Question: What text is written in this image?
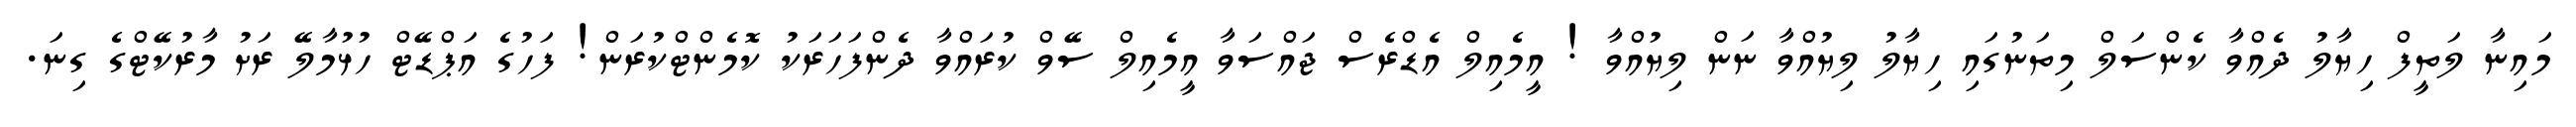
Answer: މައިނާ ލަތީފް ހިޔާލު ދެއްވާ ކެންސަލް މިތަނުގައި ހިޔާލު ލިޔުއްވާ ނަން ލިޔުއްވާ ! އީމެއިލް އެޑްރެސް ޖައްސަވާ އީމެއިލް ސޭވް ކުރައްވާ ދެންފަހަރަކު ކޮމެންޓްކުރަން! ފަހުގެ އަޕްޑޭޓް ހުޅުމާލޭ ރަށު މާރުކޭޓްގެ ގިނަ.